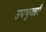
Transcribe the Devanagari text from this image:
उपभुजाएँ